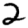
Digit: 2